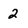
Character: 2